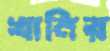
খানির